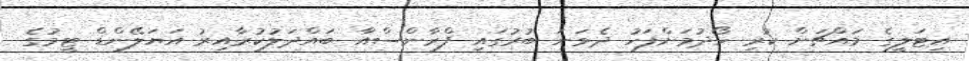
އިޓަލީގެ މައްޗަށް ކުރި ހޯދުމަށްފަހު ދެވަނަ ބުރުގައި ފްރާންސްއާ ބައްދަލުކުރާއިރު އަޔަލޭންޑް ޓީމުގެ